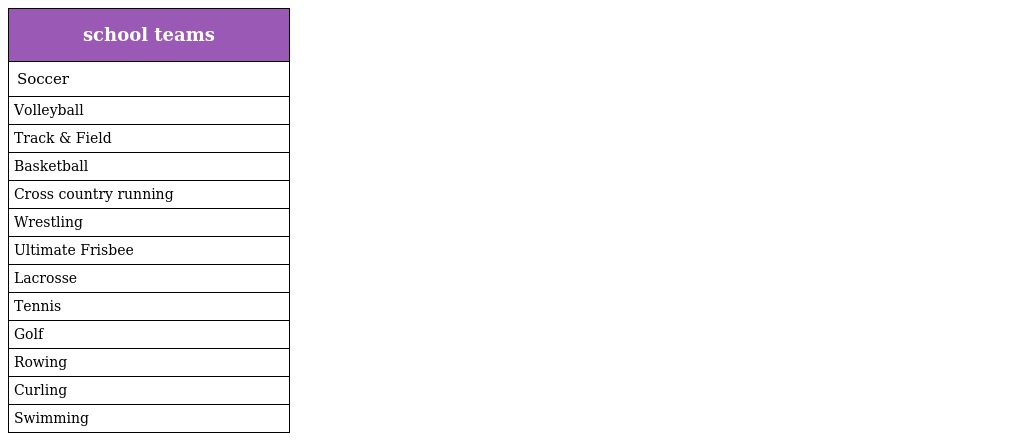
| school teams |
 | --- |
 | Soccer |
 | Volleyball |
 | Track & Field |
 | Basketball |
 | Cross country running |
 | Wrestling |
 | Ultimate Frisbee |
 | Lacrosse |
 | Tennis |
 | Golf |
 | Rowing |
 | Curling |
 | Swimming |